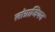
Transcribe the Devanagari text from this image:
लांग्राजियन